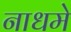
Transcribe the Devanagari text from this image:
नाधमे